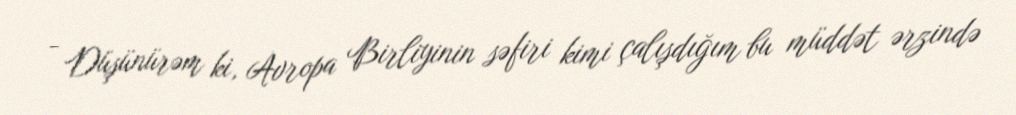
- Düşünürəm ki, Avropa Birliyinin səfiri kimi çalışdığım bu müddət ərzində